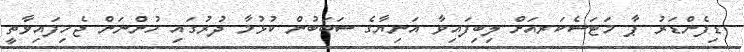
ޑިފެންޑަރު ޕާ މަޓަސެކަރއަށް ލިބިފައިވާ އަނިޔާގެ ސަބަބުން ކުޅުމާ ދުރުގައި ހުންނަން ޖެހިފައިވާތީ